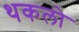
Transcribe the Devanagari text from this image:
थकलो